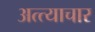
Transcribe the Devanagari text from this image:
अत्त्याचार